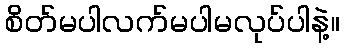
စိတ်မပါလက်မပါမလုပ်ပါနဲ့။